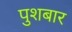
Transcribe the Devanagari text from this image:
पुशबार